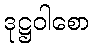
ဒုဋ္ဌဝါစော